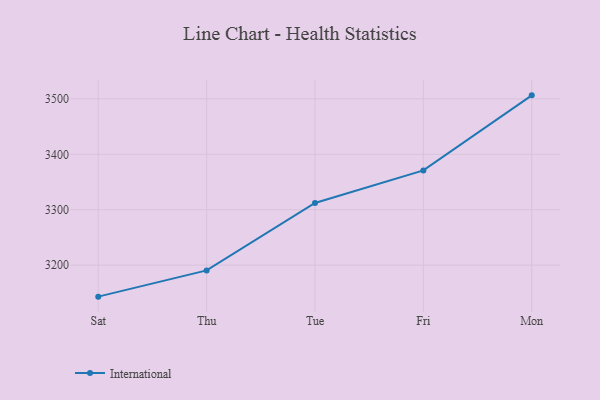
{"axis": {"x": "Day", "y": "Page Views"}, "legend": ["International"], "data": [{"x": "Sat", "y": 3143.1, "type": "International"}, {"x": "Thu", "y": 3190.5, "type": "International"}, {"x": "Tue", "y": 3312.1, "type": "International"}, {"x": "Fri", "y": 3370.9, "type": "International"}, {"x": "Mon", "y": 3506.4, "type": "International"}]}